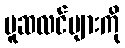
မူဆလင်များကို